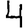
Digit: 4